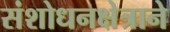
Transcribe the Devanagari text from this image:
संशोधनक्षेत्राने